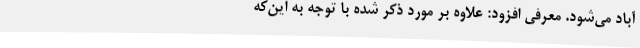
آباد می‌شود. معرفی افزود: علاوه بر مورد ذکر شده با توجه به این‌که